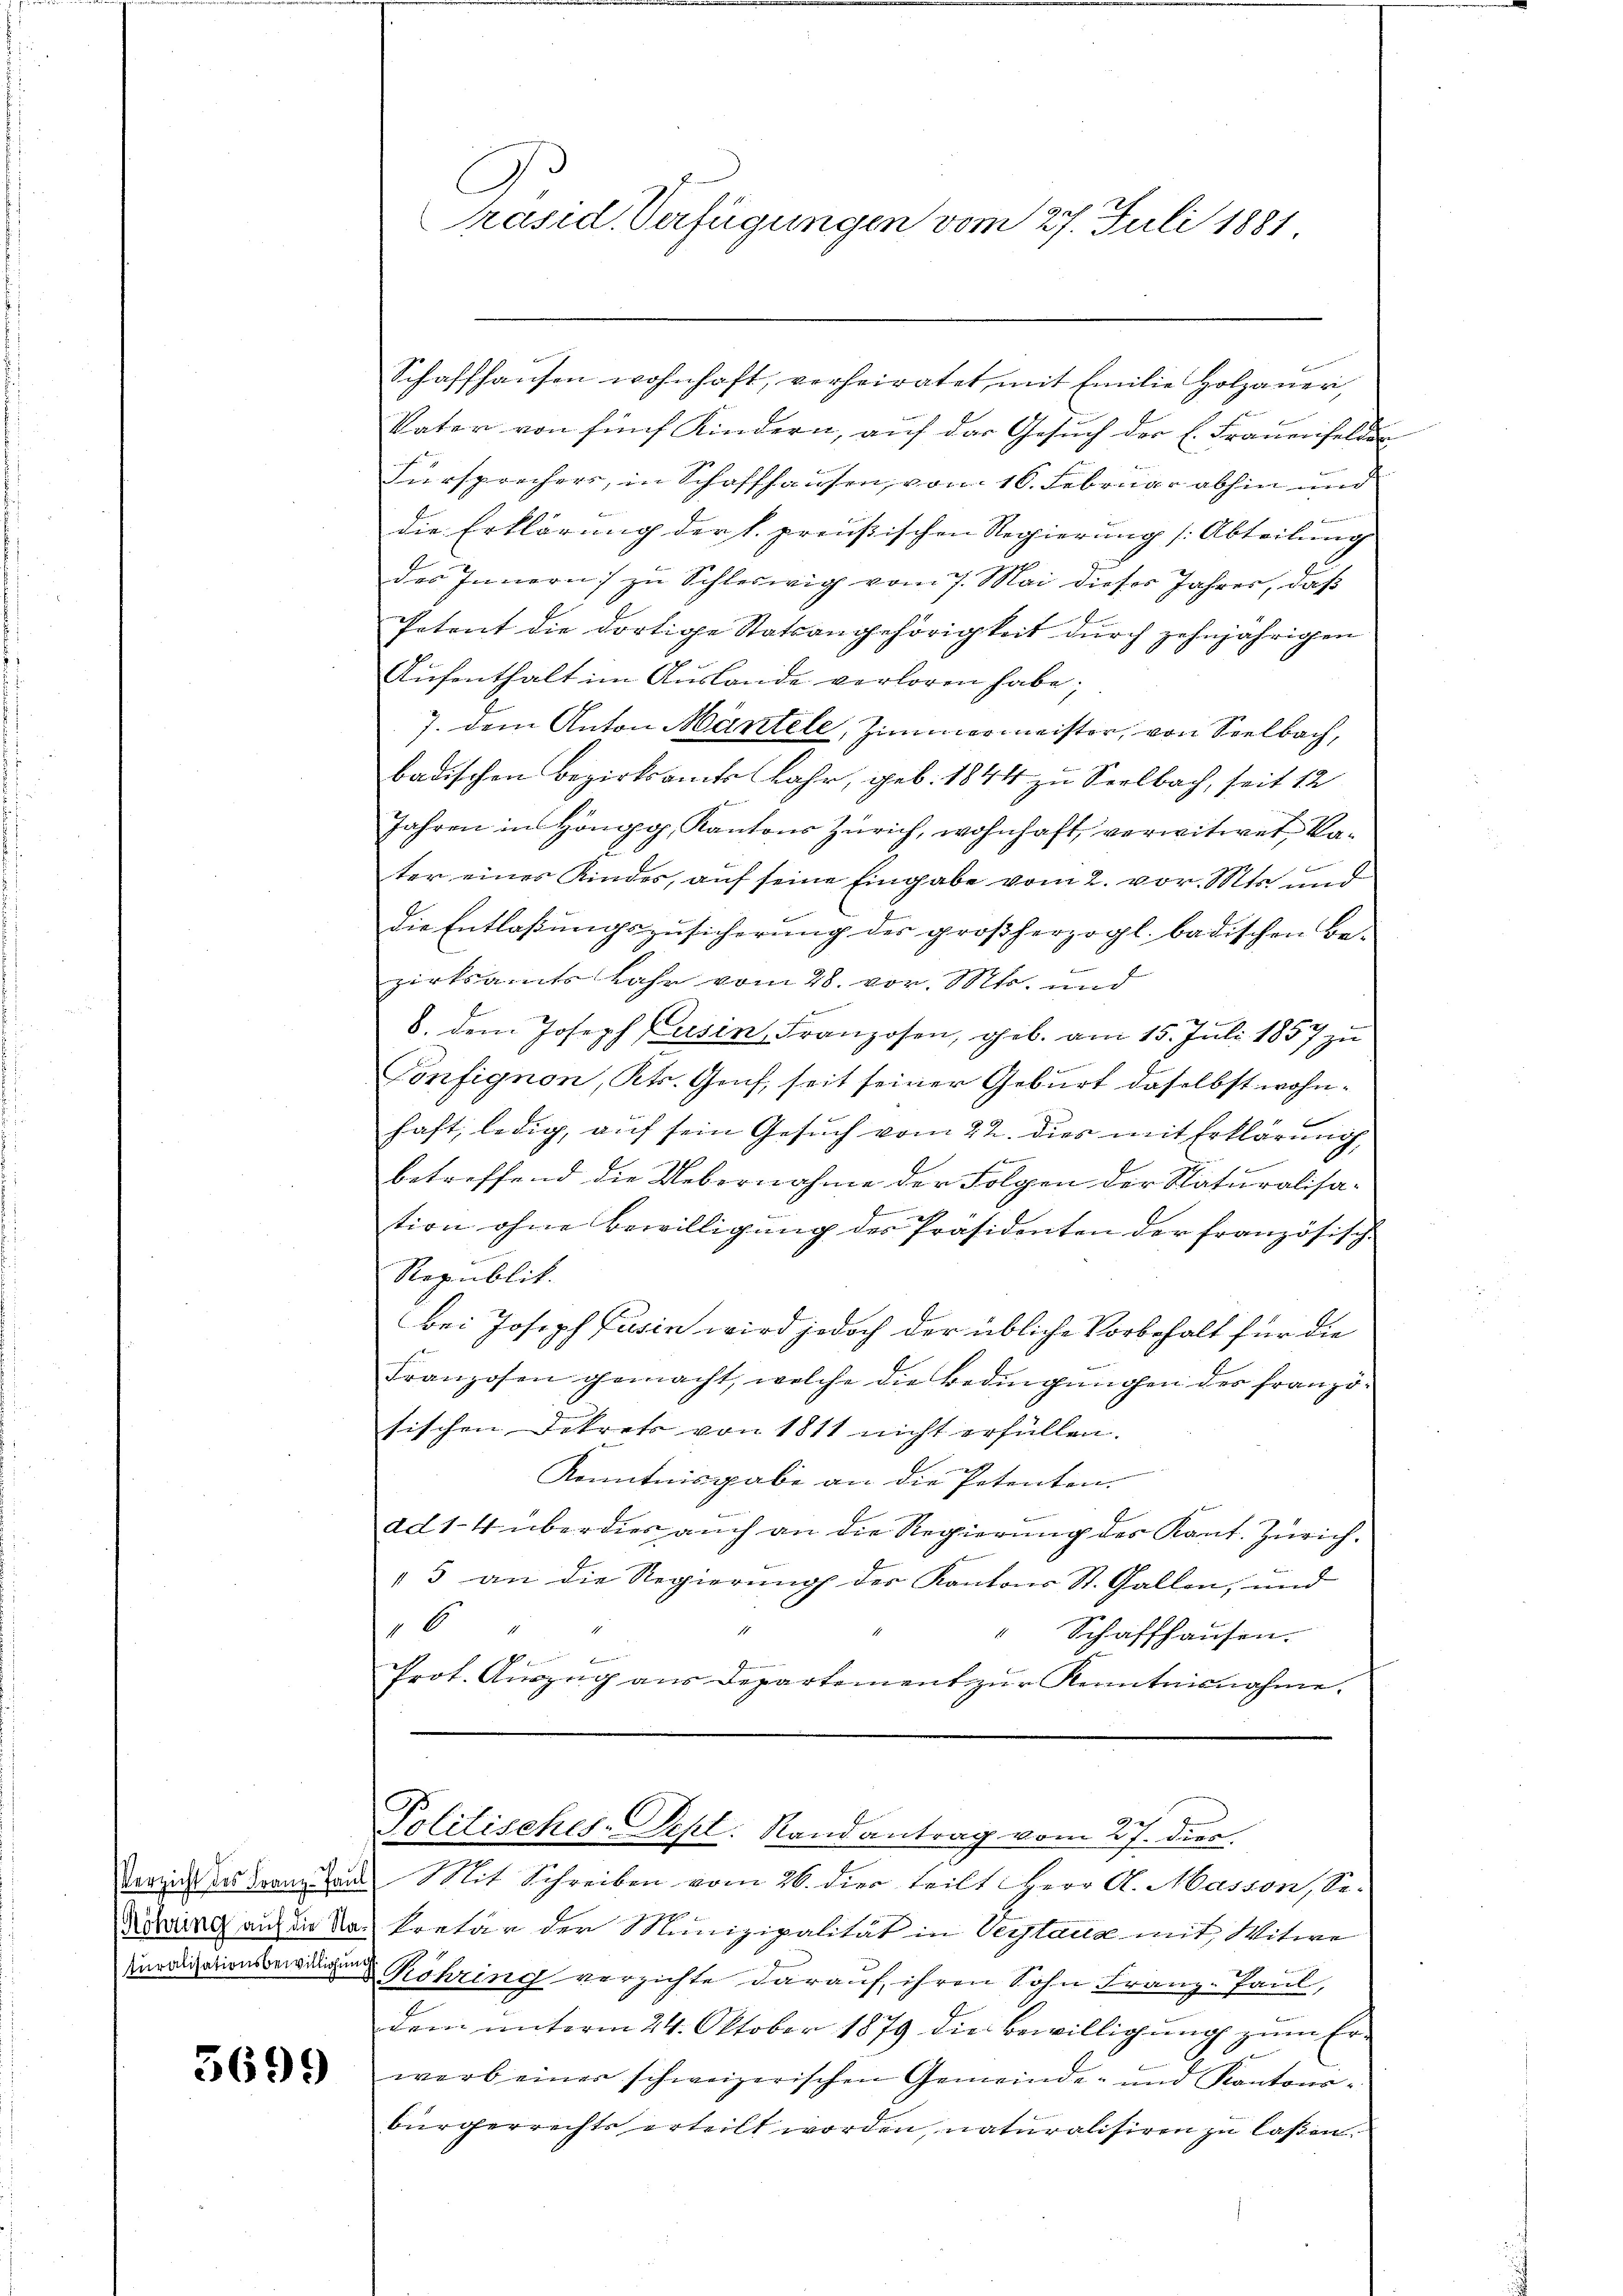
3699

Schaffhausen wohnhaft, verheiratet mit Emilie Holzaner,
Vater von fünf Kindern, auf der Gesuch der E. Frauenfelden
Fürsprechers, in Schaffhausen, von 16. Februar abhin und
die Erklärung der l. preußischen Regierung (Abteilung
des Innern zu Schleswig vom 7. Mai dieser Jahres, daß
Petent die dortige Statsangehörigkeit durch zehnjährigen
Aufenthalt im Auslande verloren habe;
7. dem Anton Mäntele, Zimmermeister, von Seelbach,
badischen Bezirksamts Jahr, geb. 1844 zu Seelbach, seit 12
Jahren in Höngg, Kantons Zürich, wohnhaft verwitwet ka-
ter eines Kindes, auf seine Eingabe vom 2. vor. Mts. und
die Entlaßungszusicherung des großherzogl. badischen Be-
zirksamts Jahr vom 28. vor. Mts. und
8. dem Joseph Casin, Franzosen, geb. am 15. Juli 1857 zu
Confignon, Kts. Genf, seit seiner Geburt daselbst wohnhaft, ledig, auf sein Gesuch vom 22. dies mit Erklärung,
e
betreffend die Uebernahme der Folgen der Naturalisa-
.
tion ohne Bewilligung des Präsidenten der französisch-
Republik.
bei Joseph Fusin wird jedoch der übliche Vorbehalt für die
Franzosen gemacht, welche die Bedingŭngen des franzö-
sischen Dekrets von 1811 nicht erfüllen.
Kenntnisgabe an die Petenten.
dd 1-4 überdies auch an die Regierung des Kant. Zürich.
"3 an die Regierŭng der Kantons St. Gallen, und
16
“ Schaffhausen.
Prot. Aŭszŭg aŭs Departement zŭr Kenntnisnahme.

C
Präsid. Verfügungen vom 27. Juli 1881

9es
Politisches-Dept. Randantrag vom 27. dies

Verzicht der Bern Laut Mit Schreiben vom 26. dies teilt Herr A. Masson, Se.
Nowing auf der das kretär der Munizipalität in Vertaus mit Witwe
Querligationseringen Röhring verzichte darauf, ihren Sohn Franz-Paul,
dem unterm 24. Oktober 1879 die Bewilligung zum Erwerb einer schweizerischen Gemeinde- und Kantons-
bürgerrechts erteilt worden, naturalisiren zu laßen.